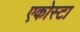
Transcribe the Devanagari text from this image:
एकोस्टा